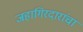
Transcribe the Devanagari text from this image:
जहागिरदारांचा